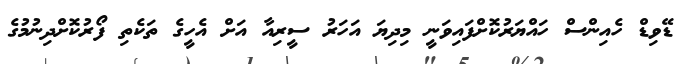
ޑޭވިޑް ހެއިންސް ހައްޔަރުކޮށްފައިވަނީ މިދިޔަ އަހަރު ސީރިއާ އަށް އެހީގެ ތަކެތި ފޯރުކޮށްދިނުމުގެ